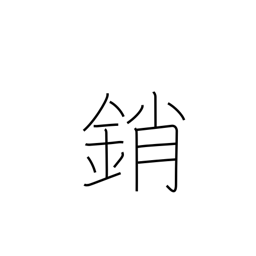
Meaning: shut (door)